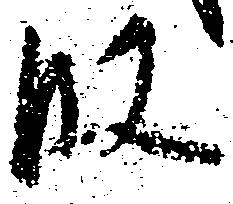
段